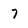
Character: 7